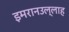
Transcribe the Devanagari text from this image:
इमरानउल्लाह